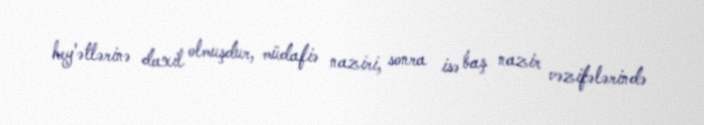
hey'ətlərinə daxil olmuşdur, müdafiə naziri, sonra isə baş nazir vəzifələrində